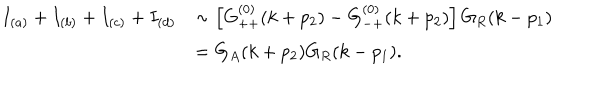
LaTeX: \begin{array} { l l } { { I _ { ( a ) } + I _ { ( b ) } + I _ { ( c ) } + I _ { ( d ) } } } & { { \sim \left[ G _ { + + } ^ { ( 0 ) } ( k + p _ { 2 } ) - G _ { - + } ^ { ( 0 ) } ( k + p _ { 2 } ) \right] G _ { R } ( k - p _ { 1 } ) } } \\ { { { } } } & { { = G _ { A } ( k + p _ { 2 } ) G _ { R } ( k - p _ { 1 } ) . } } \\ \end{array}